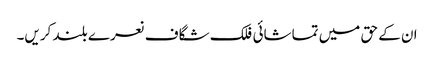
ان کے حق میں تماشائی فلک شگاف نعرے بلند کریں۔